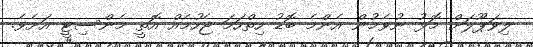
ލިވަޕޫލަށް މޮޅު ނުވެމުން އެންމެ ބޮޑު ހިތްހަމަ ޖެހުމެއް އޮތީ މެންސިޓީ އަށެވެ.